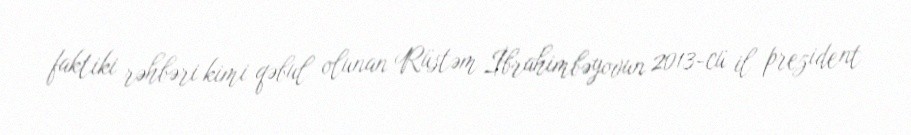
faktiki rəhbəri kimi qəbul olunan Rüstəm İbrahimbəyovun 2013-cü il prezident